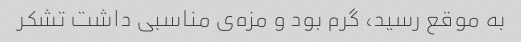
به موقع رسید، گرم بود و مزه‌ی مناسبی داشت تشکر